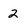
Character: 2